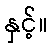
နှင့်။